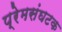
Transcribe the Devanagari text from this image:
प्रेमसंघटक